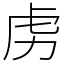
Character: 虏